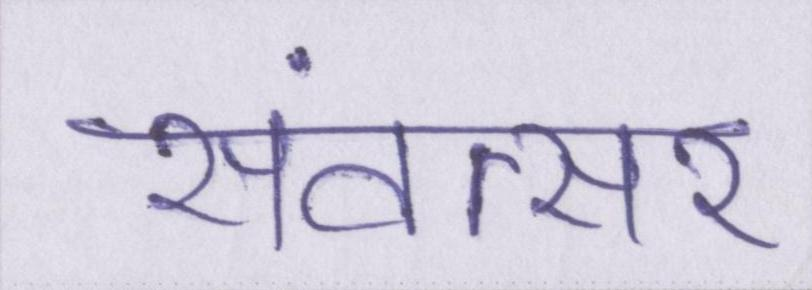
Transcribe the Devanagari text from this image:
संवत्सर